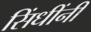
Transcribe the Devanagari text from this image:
सिंधींनी